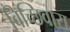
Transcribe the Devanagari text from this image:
बिच्छिवारा